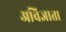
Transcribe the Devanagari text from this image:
अविज्ञाता